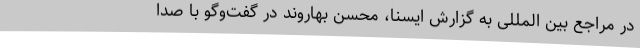
در مراجع بین المللی به گزارش ایسنا، محسن بهاروند در گفت‌وگو با صدا